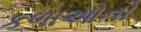
કળાઓનો